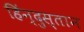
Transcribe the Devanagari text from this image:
हिंन्दुस्तान